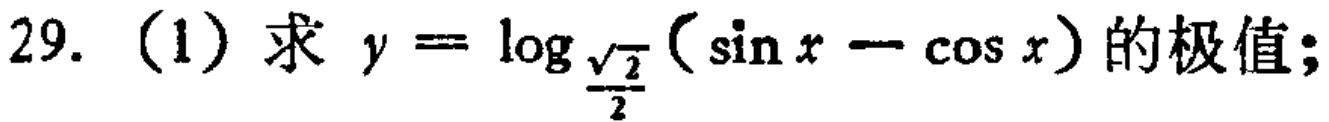
29. (1) 求 \(y = \log_{\frac{\sqrt{2}}{2}}(\sin x - \cos x)\) 的极值；